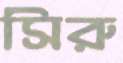
সিরু